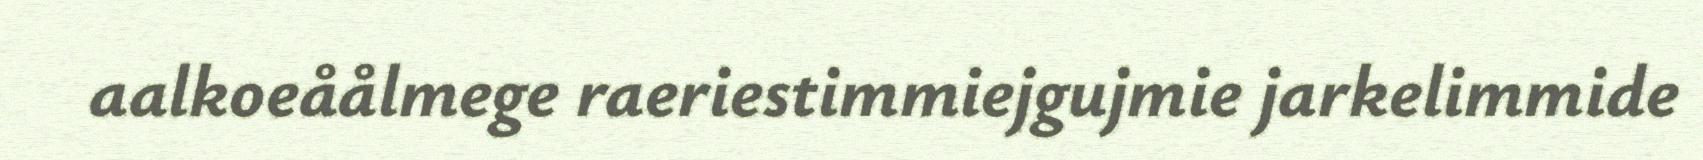
aalkoeåålmege raeriestimmiejgujmie jarkelimmide